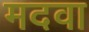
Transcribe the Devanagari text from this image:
मदवा